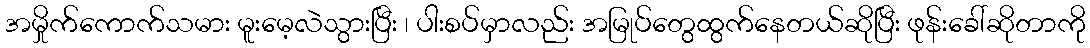
အမှိုက်ကောက်သမား မူးမေ့လဲသွားပြီး ၊ ပါးစပ်မှာလည်း အမြုပ်တွေထွက်နေတယ်ဆိုပြီး ဖုန်းခေါ်ဆိုတာကို